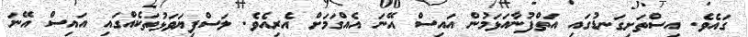
ގައެވެ. އިސްތަށިގަނޑުގައި އަތްފުނާއަޅަމުން އައިސް އޭނަ އެއްގަމަށް އެރިއެވެ. ލަސްފިޔަވަޅުތަކެއްގައި އައިސް އޭނަ